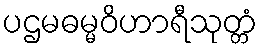
ပဌမဓမ္မဝိဟာရီသုတ္တံ